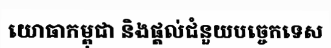
យោធាកម្ពុជា និងផ្តល់ជំនួយបច្ចេកទេស